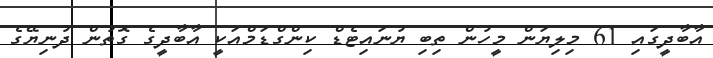
އާބާދީގައި 61 މިލިޔަން މީހުން ތިބި ޔުނައިޓެޑް ކިންގްޑަމްއަކީ އާބާދީގެ ގޮތުން ދުނިޔޭގެ